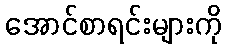
အောင်စာရင်းများကို